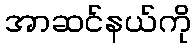
အာဆင်နယ်ကို